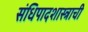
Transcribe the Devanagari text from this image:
संधिपादशास्त्राची